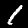
Digit: 1